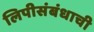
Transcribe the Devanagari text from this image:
लिपीसंबंधाची